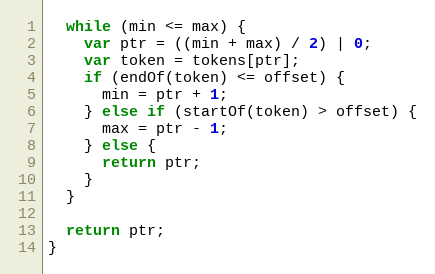
Language: JavaScript
  while (min <= max) {
    var ptr = ((min + max) / 2) | 0;
    var token = tokens[ptr];
    if (endOf(token) <= offset) {
      min = ptr + 1;
    } else if (startOf(token) > offset) {
      max = ptr - 1;
    } else {
      return ptr;
    }
  }

  return ptr;
}